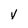
Character: v